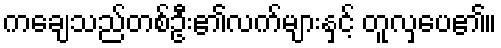
ကချေသည်တစ်ဦး၏လက်များနှင့် တူလှပေ၏။